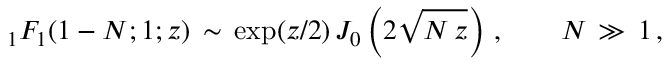
\begin{array} { l } { \displaystyle { } _ { 1 } F _ { 1 } ( 1 - N ; 1 ; z ) \, \sim \, \exp ( z / 2 ) \, J _ { 0 } \left( 2 \sqrt { N \, z } \right) \, , \qquad N \, \gg \, 1 \, , } \end{array}